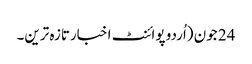
24 جون (اُردو پوائنٹ اخبارتازہ ترین۔